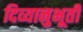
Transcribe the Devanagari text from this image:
दिव्यानुभूती